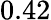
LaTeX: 0.42